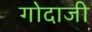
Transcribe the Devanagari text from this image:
गोदाजी